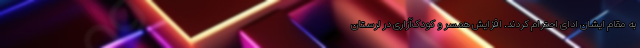
به مقام ایشان ادای احترام کردند. افزایش همسر و کودک‌آزاری در لرستان